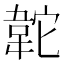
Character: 䪑